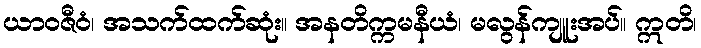
ယာဝဇီဝံ၊ အသက်ထက်ဆုံး။ အနတိက္ကမနီယံ၊ မလွန်ကျူးအပ်။ ဣတိ၊